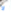
لا